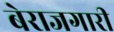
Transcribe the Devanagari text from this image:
बेराजगारी